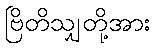
ဗြိတိသျှတို့အား